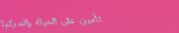
تأمين على الحياة والمركبا